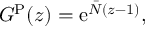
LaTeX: G ^ { \mathrm { P } } ( z ) = \mathrm { e } ^ { \bar { N } ( z - 1 ) } ,